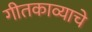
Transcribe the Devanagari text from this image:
गीतकाव्याचे